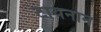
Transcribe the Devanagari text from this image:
टायनान